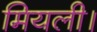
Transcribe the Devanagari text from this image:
मियली।